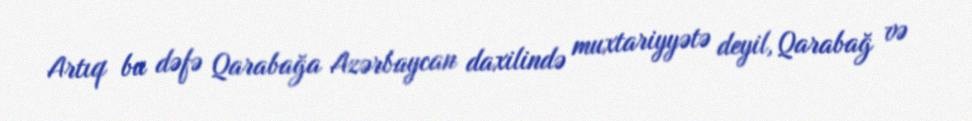
Artıq bu dəfə Qarabağa Azərbaycan daxilində muxtariyyətə deyil, Qarabağ və